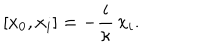
[ x _ { 0 } , x _ { i } ] = - \frac { i } \kappa \, x _ { i } .